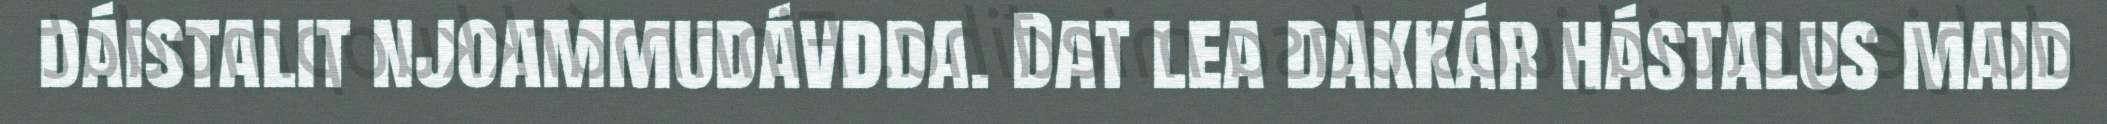
dáistalit njoammudávdda. Dat lea dakkár hástalus maid